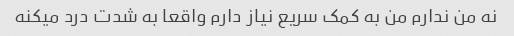
نه من ندارم من به کمک سریع نیاز دارم واقعا به شدت درد میکنه